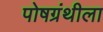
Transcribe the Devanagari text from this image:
पोषग्रंथीला